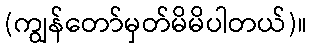
(ကျွန်တော်မှတ်မိမိပါတယ်)။